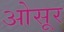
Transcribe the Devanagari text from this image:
ओसूर